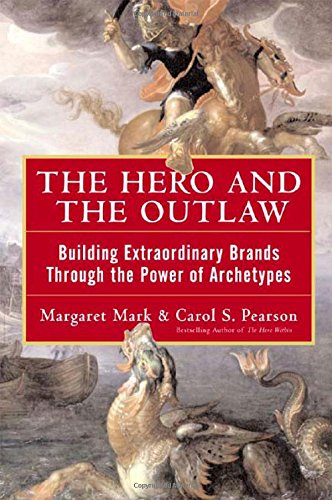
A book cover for The Hero and the Outlaw: Building Extraordinary Brands Through the Power of Archetypes; Margaret Mark; Business & Money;